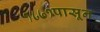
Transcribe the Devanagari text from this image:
१८७१पासून